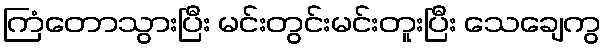
ကြံတောသွားပြီး မင်းတွင်းမင်းတူးပြီး သေချေကွ